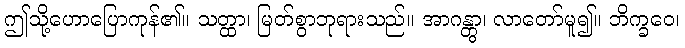
ဤသို့ဟောပြောကုန်၏။ သတ္ထာ၊ မြတ်စွာဘုရားသည်။ အာဂန္တွာ၊ လာတော်မူ၍။ ဘိက္ခဝေ၊